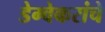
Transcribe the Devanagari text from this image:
डेग्वेकरांचे